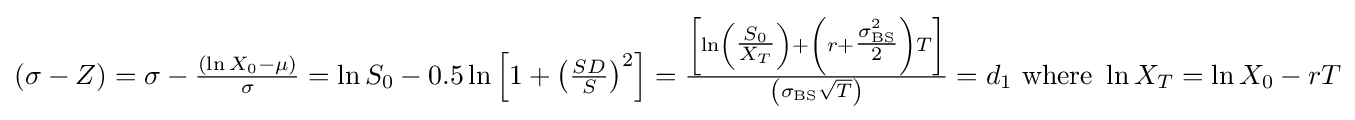
\left(\sigma -Z\right)=\sigma -{\tfrac {\left(\ln X_{0}-\mu \right)}{\sigma }}=\ln S_{0}-0.5\ln \left[1+\left({\tfrac {SD}{S}}\right)^{2}\right]={\tfrac {\left[\ln \left({\tfrac {S_{0}}{X_{T}}}\right)+\left(r+{\tfrac {\sigma _{\text{BS}}^{2}}{2}}\right)T\right]}{\left(\sigma _{\text{BS}}{\sqrt {T}}\right)}}=d_{1}{\text{ where }}\ln X_{T}=\ln X_{0}-rT